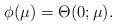
LaTeX: \begin{align*}\phi(\mu) = \Theta(0;\mu).\end{align*}